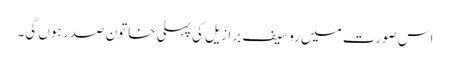
اس صورت میں روسیف برازیل کی پہلی خاتون صدر ہوں گی۔